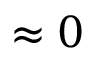
\approx 0